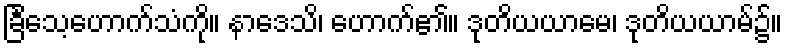
ခြင်္သေ့ဟောက်သံကို။ နာဒေသိ၊ ဟောက်၏။ ဒုတိယယာမေ၊ ဒုတိယယာမ်၌။